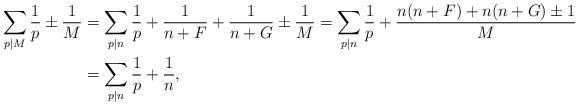
LaTeX: \begin{align*}\sum_{p \mid M} \frac{1}{p} \pm\frac{1}{M}&=\sum_{p \mid n}\frac{1}{p} + \frac{1}{n+F}+ \frac{1}{n+G}\pm \frac{1}{M}=\sum_{p \mid n}\frac{1}{p} + \frac{n(n+F)+n(n+G)\pm1}{M}\\&=\sum_{p \mid n} \frac{1}{p} + \frac{1}{n},\end{align*}